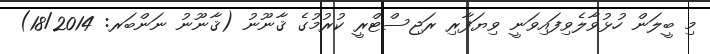
މި ބީލަން ހުޅުވާލެވިފައިވަނީ ވިޔަފާރި ރަޖިސްޓްރީ ކުރުމުގެ ޤާނޫނު (ޤާނޫނު ނަންބަރ: 18/2014)